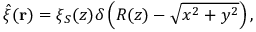
\hat { \xi } ( \mathbf { r } ) = \xi _ { S } ( z ) \delta \left( R ( z ) - \sqrt { x ^ { 2 } + y ^ { 2 } } \right) ,